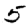
Digit: 5